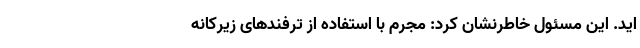
اید. این مسئول خاطرنشان کرد: مجرم با استفاده از ترفندهای زیرکانه